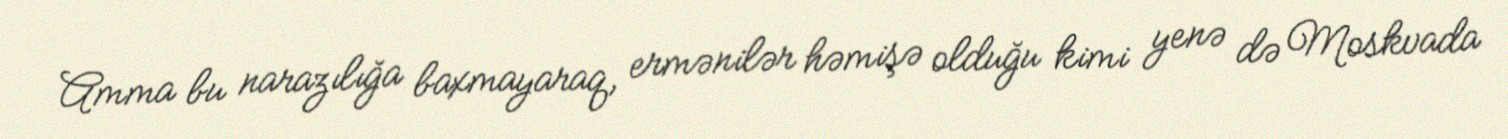
Amma bu narazılığa baxmayaraq, ermənilər həmişə olduğu kimi yenə də Moskvada